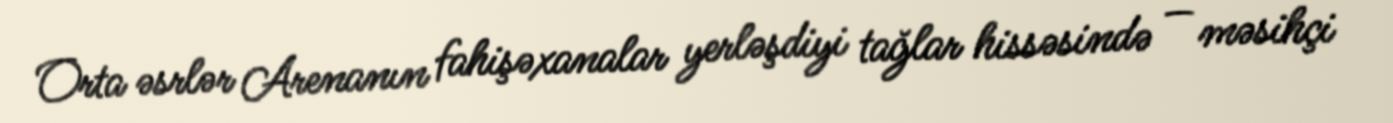
Orta əsrlər Arenanın fahişəxanalar yerləşdiyi tağlar hissəsində — məsihçi